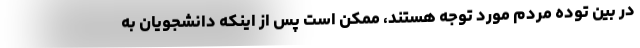
در بین توده مردم مورد توجه هستند، ممکن است پس از اینکه دانشجویان به